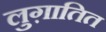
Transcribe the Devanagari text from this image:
लुग़ातित